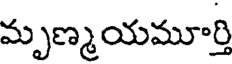
మృణ్మయమూర్తి